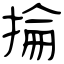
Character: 掄